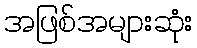
အဖြစ်အများဆုံး